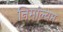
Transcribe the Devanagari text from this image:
निर्माल्यम